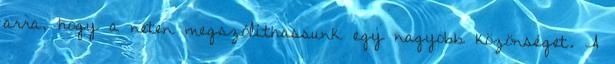
arra, hogy a neten megszólíthassunk egy nagyobb közönséget. A